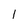
Character: 1